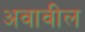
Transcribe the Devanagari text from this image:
अवावील